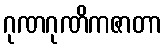
ဂုဏဂုဏိကဇာတာ